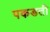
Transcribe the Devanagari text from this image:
पकडती